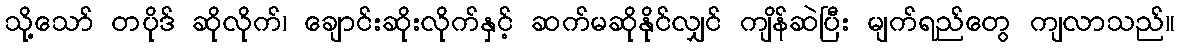
သို့သော် တပိုဒ် ဆိုလိုက်၊ ချောင်းဆိုးလိုက်နှင့် ဆက်မဆိုနိုင်လျှင် ကျိန်ဆဲပြီး မျက်ရည်တွေ ကျလာသည်။